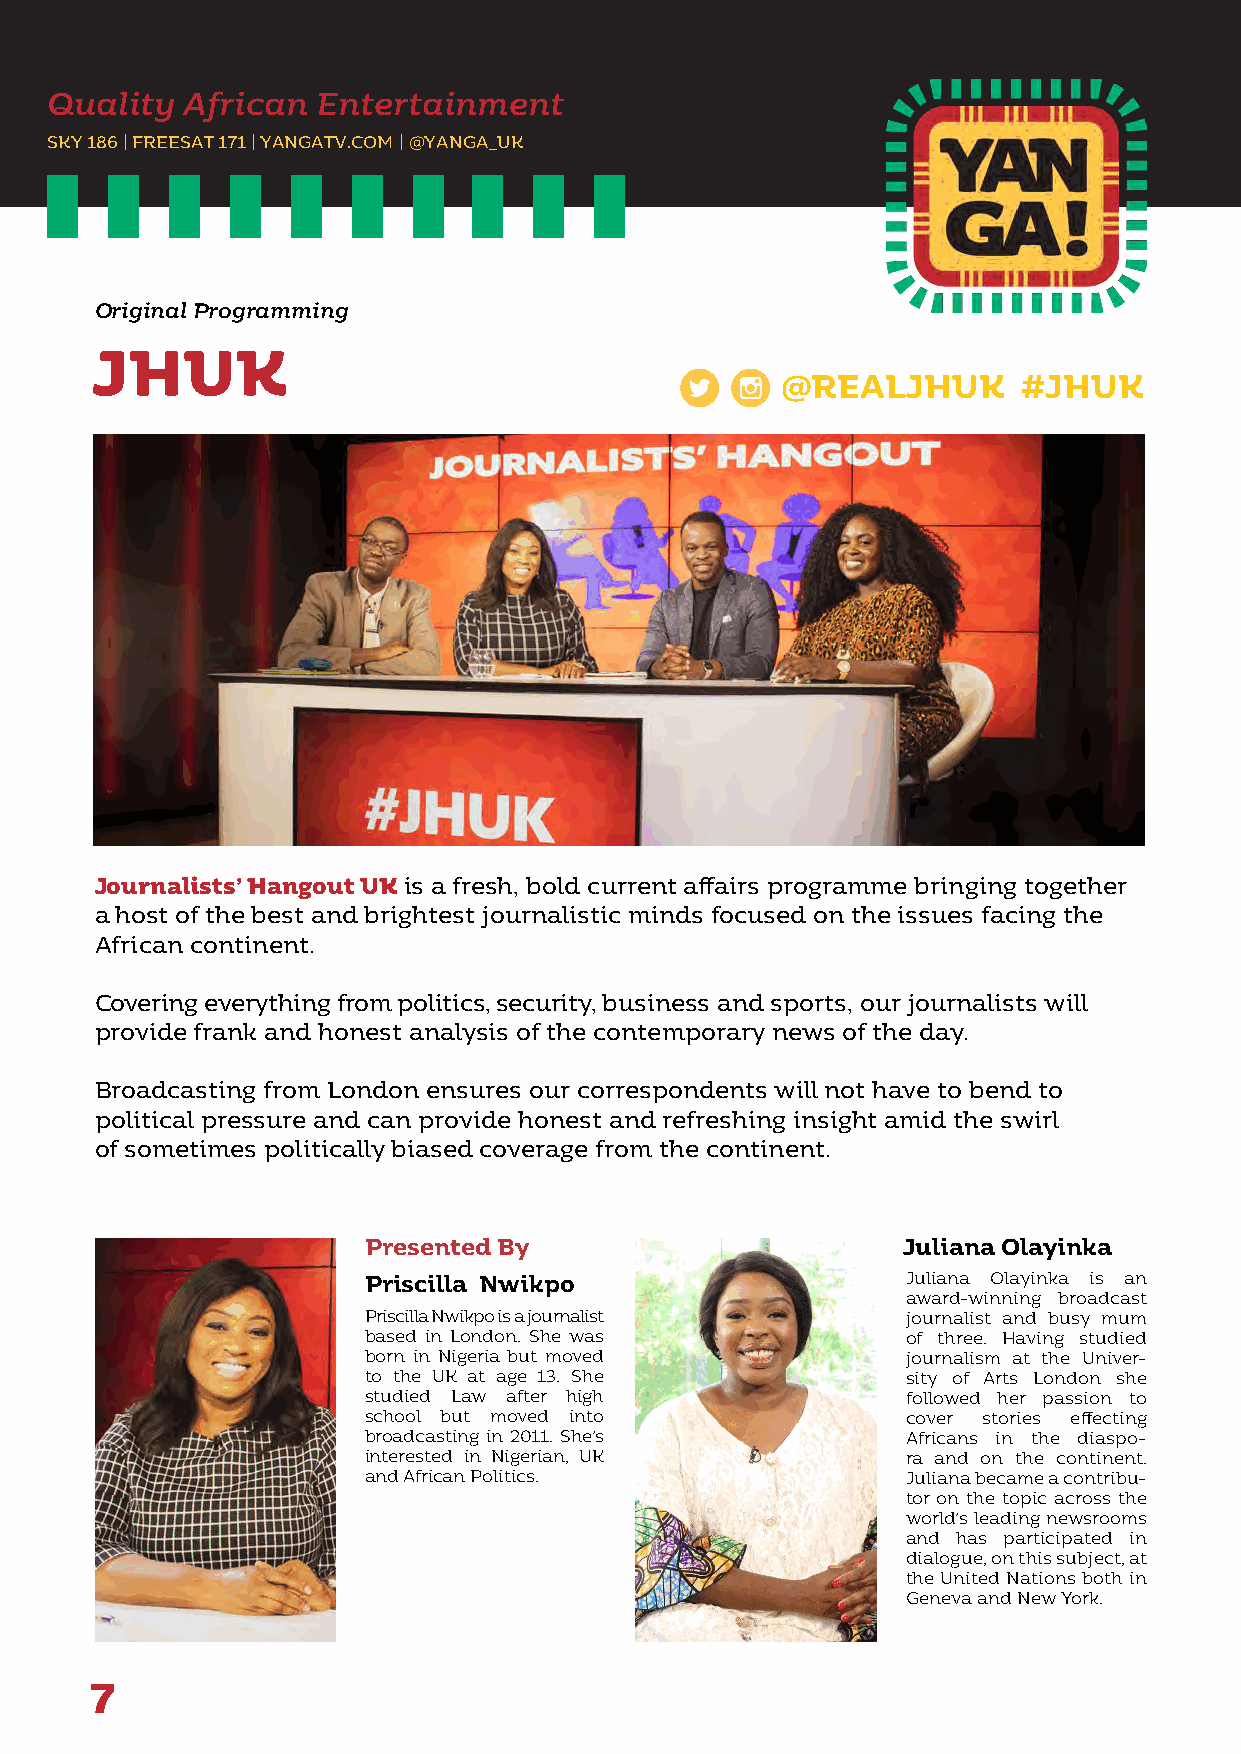
Quality  African  Entertainment
 SKY 186 | FREESAT 171 | YANGATV.COM | @YANGA_UK
 Original Programming
 JHUK
 @REALJHUK       #JHUK
 Journalists’ Hangout UK is a fresh, bold current affairs programme bringing together
 a host of the best and brightest journalistic minds focused on the issues facing the
 African continent.
 Covering everything from politics, security, business and sports, our journalists will
 provide frank and honest analysis of the contemporary news of the day.
 Broadcasting from London ensures our correspondents will not have to bend to
 political pressure and can provide honest and refreshing insight amid the swirl
 of sometimes politically biased coverage from the continent.
 Presented By                        Juliana Olayinka
 Priscilla Nwikpo                    Juliana Olayinka is an
 award-winning broadcast
 Priscilla Nwikpo is a journalist    journalist and busy mum
 based in London. She was            of three. Having studied
 born in Nigeria but moved           journalism at the Univer-
 to the UK at age 13. She            sity of Arts London she
 studied Law after high              followed her passion to
 school but moved into               cover stories effecting
 broadcasting in 2011. She’s         Africans in the diaspo-
 interested in Nigerian, UK          ra and on the continent.
 and African Politics.               Juliana became a contribu-
 tor on the topic across the
 world’s leading newsrooms
 and has participated in
 dialogue, on this subject, at
 the United Nations both in
 Geneva and New York.
 7